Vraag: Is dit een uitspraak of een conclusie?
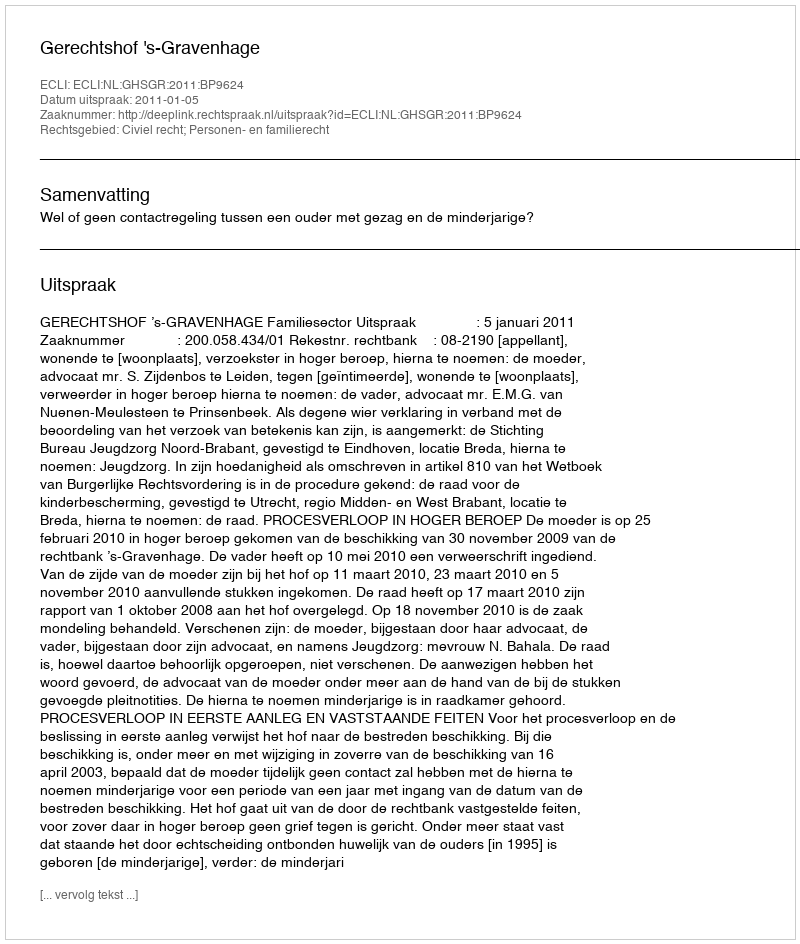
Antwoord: Uitspraak